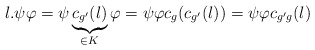
\begin{align*}l. \psi \varphi=\psi \underbrace{c_{g'}(l)}_{\in K}\varphi=\psi \varphi c_{g}(c_{g'}(l))=\psi \varphi c_{g'g}(l)\end{align*}